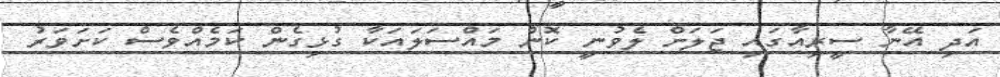
އަދި އޭނާ ސީރިއާގައި ޖަލަށް ލެވުނީ ކޮން މައްސަލައަކާ ގުޅިގެން ކަމެއްވެސް ކަށަވަރު